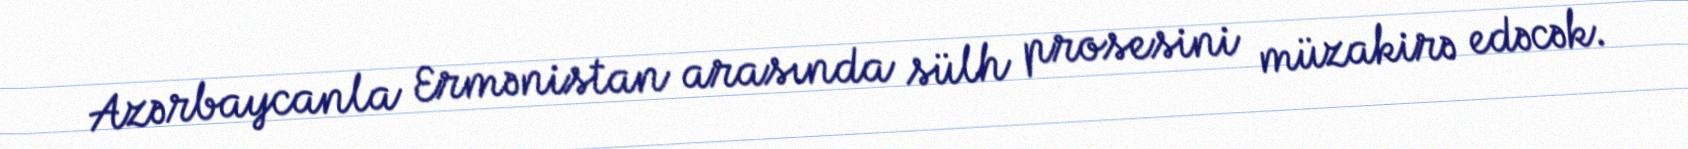
Azərbaycanla Ermənistan arasında sülh prosesini müzakirə edəcək.